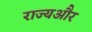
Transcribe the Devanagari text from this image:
राज्यऔर